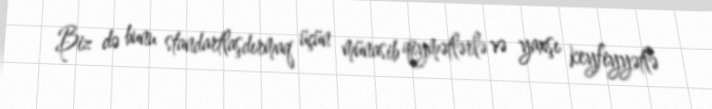
Biz də bunu standartlaşdırmaq üçün münasib qiymətlərlə və yaxşı keyfiyyətlə